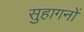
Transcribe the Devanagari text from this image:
सुहागनों